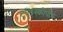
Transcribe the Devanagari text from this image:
टेलिस्कोपीय